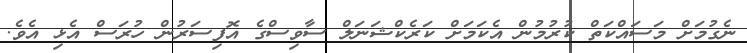
ނެގުމަށް މަސައްކަތް ކުރުމުން އެކަމަށް ކަރެކްޝަނަލް ސާވިސްގެ އޮފިސަރުން ހުރަސް އެޅި އެވެ.